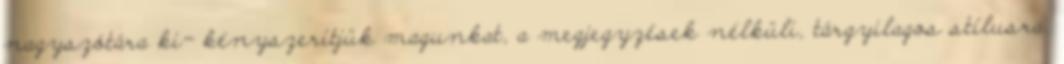
nagyszótára ki- kényszerítjük magunkat, a megjegyzések nélküli, tárgyilagos stílusra.